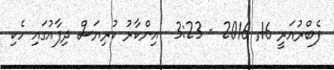
ފެބްރުއަރީ 16